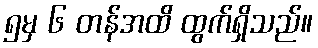
၅မှ ၆ တန်အထိ ထွက်ရှိသည်။